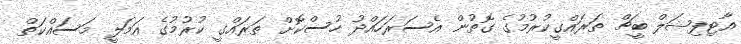
އާޓިފިޝަލް ބީޗް ތަރައްގީކުރުމުގެ ގޮތުން އެސަރަހައްދު ހުސްކޮށް ތަރައްގީ ކުރުމުގެ އަމަލީ މަސައްކަތް